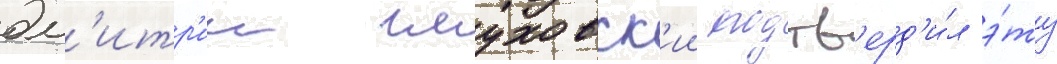
дм'итр'ии глуховск'ии подтв'ерд'и́л э́ту